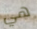
هي